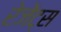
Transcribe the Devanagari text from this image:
रेजेंट्स